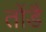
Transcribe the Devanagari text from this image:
तोंडै